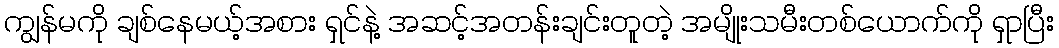
ကျွန်မကို ချစ်နေမယ့်အစား ရှင်နဲ့ အဆင့်အတန်းချင်းတူတဲ့ အမျိုးသမီးတစ်ယောက်ကို ရှာပြီး